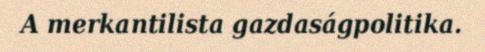
A merkantilista gazdaságpolitika.